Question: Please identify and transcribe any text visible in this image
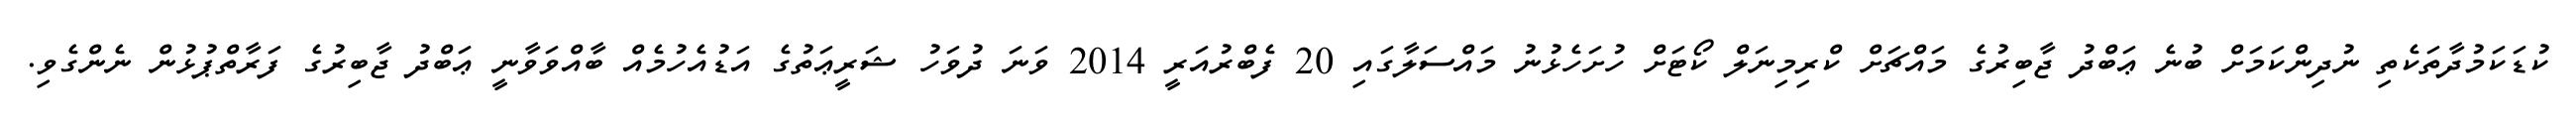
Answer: ކުޑަކަމުދާތަކެތި ނުދިންކަމަށް ބުނެ ޢަބްދު ޖާބިރުގެ މައްޗަށް ކްރިމިނަލް ކޯޓަށް ހުށަހެޅުނު މައްސަލާގައި 20 ފެބްރުއަރީ 2014 ވަނަ ދުވަހު ޝަރީޢަތުގެ އަޑުއެހުމެއް ބާއްވަވާނީ ޢަބްދު ޖާބިރުގެ ފަރާތްޕުޅުން ނެންގެވި.